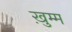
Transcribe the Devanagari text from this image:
ख़ुम्म